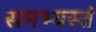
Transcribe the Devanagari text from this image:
समभ्यस्तं